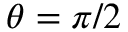
\theta = \pi / 2